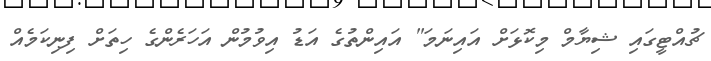
ޗުއްޓީގައި ޝިޔާމް މިކޮޅަށް އައިނަމަ" އައިންތުގެ އަޑު އިވުމުން އަހަރެންގެ ހިތަށް ފިނިކަމެއް